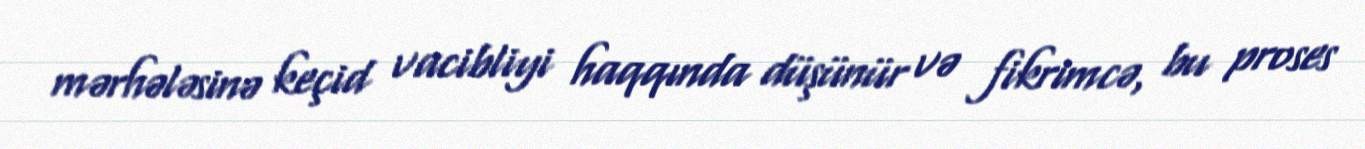
mərhələsinə keçid vacibliyi haqqında düşünür və fikrimcə, bu proses